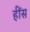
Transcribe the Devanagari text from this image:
हींस